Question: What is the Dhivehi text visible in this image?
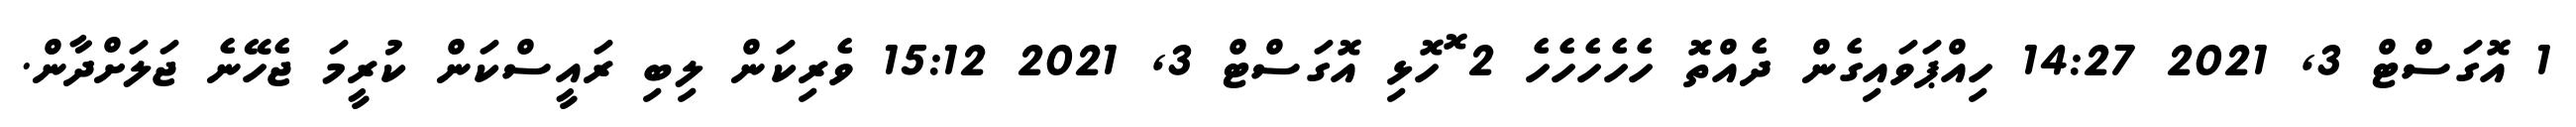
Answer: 1 އޮގަސްޓް 3, 2021 14:27 ހިއްޕަވައިގެން ދެއްތޮ ހެހެހެހެހެ 2 ޮހޮޅި އޮގަސްޓް 3, 2021 15:12 ވެރިކަން ލިބި ރައީސްކަން ކުރީމަ ޖެހޭނެ ޖަލަށްދާން.